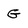
Character: G